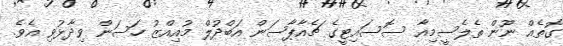
ގޮތެއް ނޫން ތެލެސީމިއާ ސޮސައިޓީގެ ޗެއާޕާސަން އަބްދުލް މުއިއްޒު ހަސަން ވިދާޅުވި އެވެ.